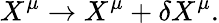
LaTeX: X^{\mu}\rightarrow X^{\mu}+\delta X^{\mu}.